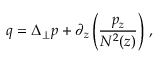
q = \Delta _ { \perp } p + \partial _ { z } \left( \frac { p _ { z } } { N ^ { 2 } ( z ) } \right) \, ,